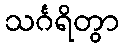
သင်္ဂရိတွာ